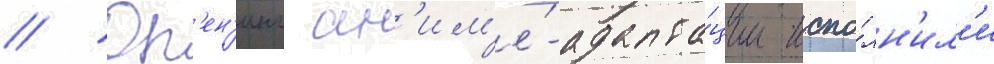
// Оп'ен'инг ан'им'е́-адапта́ции испо́лн'ил'и